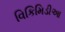
વિકિમિડીઆ